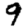
Digit: 9